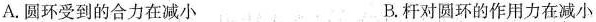
A.圆环受到的合力在减小 B.杆对圆环的作用力在减小